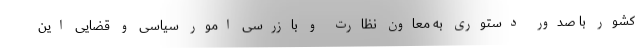
کشور با صدور دستوری به معاون نظارت و بازرسی امور سیاسی و قضایی این